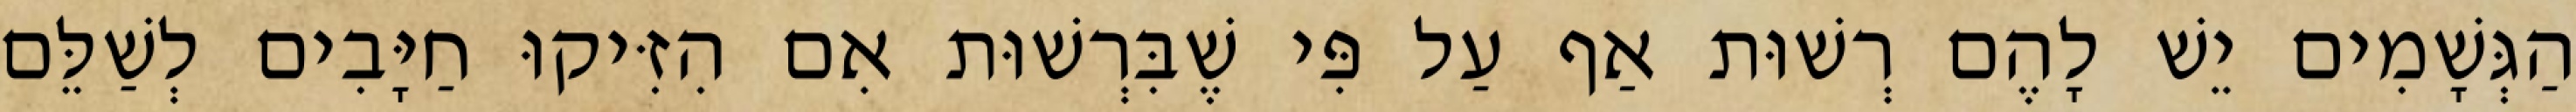
הַגְּשָׁמִים יֵשׁ לָהֶם רְשׁוּת אַף עַל פִּי שֶׁבִּרְשׁוּת אִם הִזִּיקוּ חַיָּבִים לְשַׁלֵּם